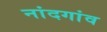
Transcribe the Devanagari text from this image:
नांदगांव